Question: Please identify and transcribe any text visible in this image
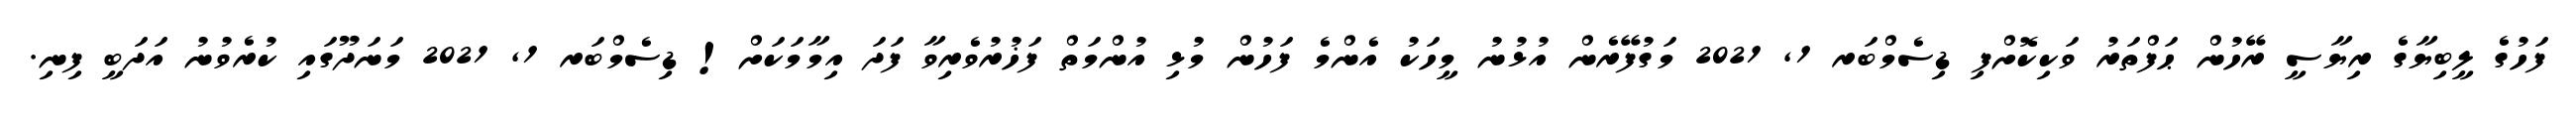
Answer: ފަހުގެ ލީބިޔާގެ ރިޔާސީ ރޭހުން ޙަފްތަރު ވަކިކޮށްފި ޑިސެމްބަރ 1, 2021 މަގުފޭރެން އުޅުނު މީހަކު އެންމެ ފަހުން މުޅި އުންމަތް ފަޚުރުވެރިވާ ފަދަ އިމާމަކަށް! ޑިސެމްބަރ 1, 2021 މަނަދޫގައި ކުރެވުނު އަދަބީ ފިނި.